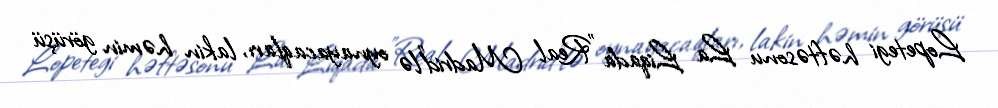
Lopetegi həftəsonu La Liqada "Real Madrid"lə oynayacaqları, lakin həmin görüşü